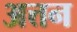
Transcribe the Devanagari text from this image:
अत्तन